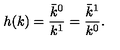
h ( k ) = \frac { \bar { k } ^ { 0 } } { k ^ { 1 } } = \frac { \bar { k } ^ { 1 } } { k ^ { 0 } } .